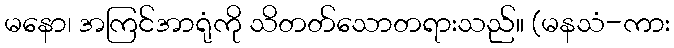
မနော၊ အကြင်အာရုံကို သိတတ်သောတရားသည်။ (မနသံ-ကား